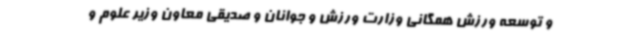
و توسعه ورزش همگانی وزارت ورزش و جوانان و صدیقی معاون وزیر علوم و